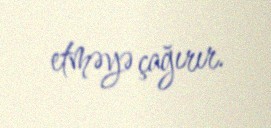
etməyə çağırır.